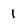
Character: I